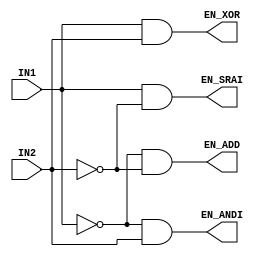
// File ./Stage3/ALUBlock/Decoder2TO4.vhd translated with vhd2vl v3.0 VHDL to Verilog RTL translator
// vhd2vl settings:
//  * Verilog Module Declaration Style: 2001

// vhd2vl is Free (libre) Software:
//   Copyright (C) 2001 Vincenzo Liguori - Ocean Logic Pty Ltd
//     http://www.ocean-logic.com
//   Modifications Copyright (C) 2006 Mark Gonzales - PMC Sierra Inc
//   Modifications (C) 2010 Shankar Giri
//   Modifications Copyright (C) 2002-2017 Larry Doolittle
//     http://doolittle.icarus.com/~larry/vhd2vl/
//   Modifications (C) 2017 Rodrigo A. Melo
//
//   vhd2vl comes with ABSOLUTELY NO WARRANTY.  Always check the resulting
//   Verilog for correctness, ideally with a formal verification tool.
//
//   You are welcome to redistribute vhd2vl under certain conditions.
//   See the license (GPLv2) file included with the source for details.

// The result of translation follows.  Its copyright status should be
// considered unchanged from the original VHDL.

// no timescale needed

module Decoder2TO4(
input wire IN1,
input wire IN2,
output wire EN_ADD,
output wire EN_ANDI,
output wire EN_SRAI,
output wire EN_XOR
);





  assign EN_ADD =  ~(IN1) &  ~(IN2);
  assign EN_ANDI =  ~(IN1) & (IN2);
  assign EN_SRAI = (IN1) &  ~(IN2);
  assign EN_XOR = IN1 & IN2;

endmodule